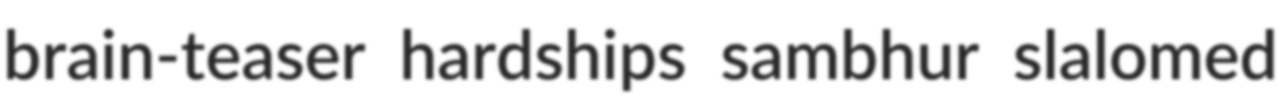
brain-teaser hardships sambhur slalomed